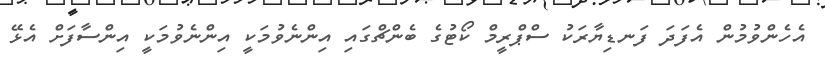
އެހެންވުމުން އެފަދަ ފަނޑިޔާރަކު ސްޕްރީމް ކޯޓުގެ ބެންޗްގައި އިންނެވުމަކީ އިންނެވުމަކީ އިންސާފަށް އެޅޭ